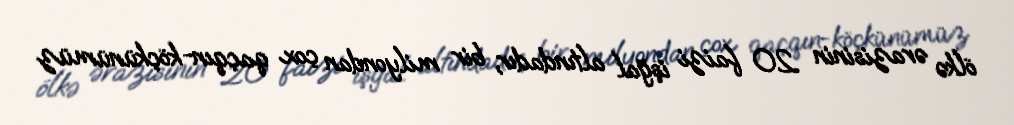
ölkə ərazisinin 20 faizi işğal altındadır, bir milyondan çox qaçqın-köçkünümüz